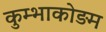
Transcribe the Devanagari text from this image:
कुम्भाकोड़म